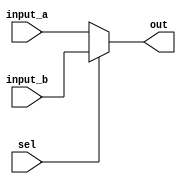
module proc_mux(
    input [7:0] input_a,
    input [7:0] input_b,
    input sel,
    output [7:0] out
    );

assign out = (sel) ? input_b : input_a;

endmodule